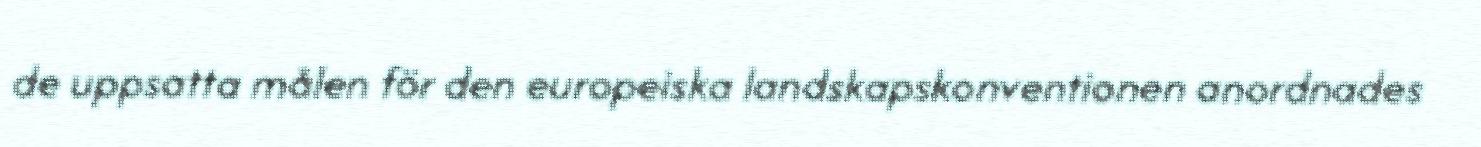
de uppsatta målen för den europeiska landskapskonventionen anordnades